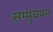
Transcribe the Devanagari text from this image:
सम्मुचयन